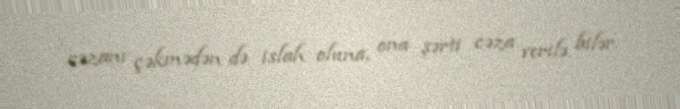
cəzanı çəkmədən də islah oluna, ona şərti cəza verilə bilər.